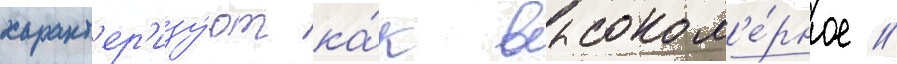
характ'ер'изу́ют ка́к высоком'е́рное //